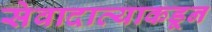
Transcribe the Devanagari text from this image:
सेवादात्याकडून